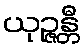
ယုဉ္ဇန္တီ